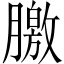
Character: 𣎣